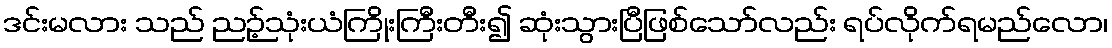
ဒင်းမလား သည် ညဉ့်သုံးယံကြိုးကြီးတီး၍ ဆုံးသွားပြီဖြစ်သော်လည်း ရပ်လိုက်ရမည်လော၊